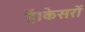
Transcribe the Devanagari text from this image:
हैं।केसरों